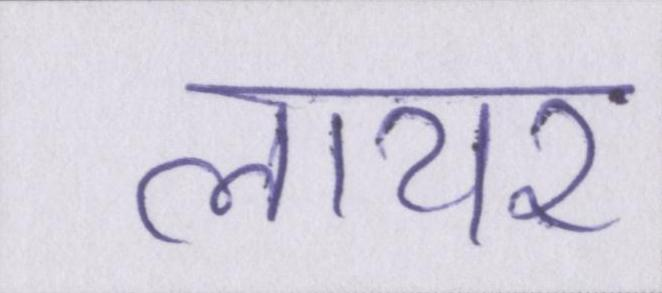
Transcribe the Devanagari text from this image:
लायर